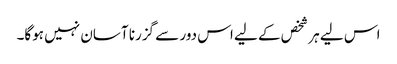
اس لیے ہر شخص کے لیے اس دور سے گزرنا آسان نہیں ہوگا۔